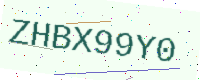
Text: ZHBX99Y0